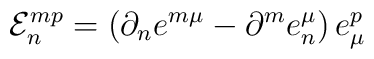
{\cal E}_n^{mp} = \left(\partial_ne^{m\mu}-\partial^me_n^\mu\right) e^p_\mu